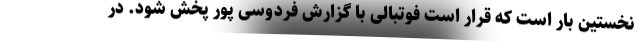
نخستین بار است که قرار است فوتبالی با گزارش فردوسی پور پخش شود. در